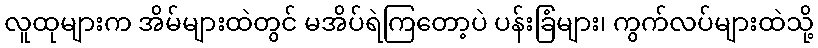
လူထုများက အိမ်များထဲတွင် မအိပ်ရဲကြတော့ပဲ ပန်းခြံများ၊ ကွက်လပ်များထဲသို့